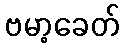
ဗမာ့ခေတ်